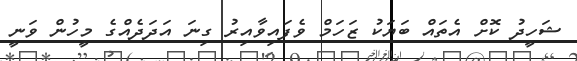
ޝަހީދު ކޮށް އެތައް ބަޔަކު ޒަހަމް ވެފައިވާއިރު ގިނަ އަދަދެއްގެ މީހުން ވަނީ